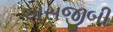
એસજીબી